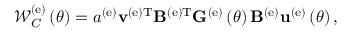
{ \mathscr W } _ { C } ^ { \left( \mathrm { e } \right) } \left( \theta \right) = a ^ { \left( \mathrm { e } \right) } { \bf v } ^ { \left( \mathrm { e } \right) \mathrm { T } } { \bf B } ^ { \left( \mathrm { e } \right) \mathrm { T } } { \bf G } ^ { \left( \mathrm { e } \right) } \left( \theta \right) { \bf B } ^ { \left( \mathrm { e } \right) } { \bf u } ^ { \left( \mathrm { e } \right) } \left( \theta \right) ,